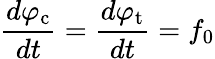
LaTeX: \frac{d\varphi_{\mathrm{c}}}{dt}=\frac{d\varphi_{\mathrm{t}}}{dt}=f_{0}